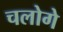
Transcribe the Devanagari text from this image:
चलोगे